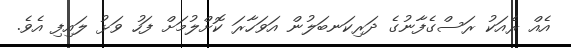
އެއް ރެއަކު ރަސްގެފާނުގެ ދަރިކަނބަލުން އަވަހާރަ ކޮށްލުމަށް ފަހު ވަޅު ލައިފި އެވެ.